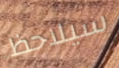
سيلاحظ